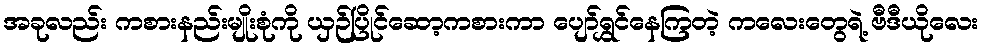
အခုလည်း ကစားနည်းမျိုးစုံကို ယှဉ်ပြိုင်ဆော့ကစားကာ ပျော်ရွှင်နေကြတဲ့ ကလေးတွေရဲ့ ဗီဒီယိုလေး